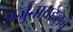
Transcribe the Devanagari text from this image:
अर्जुनाबद्दलचे